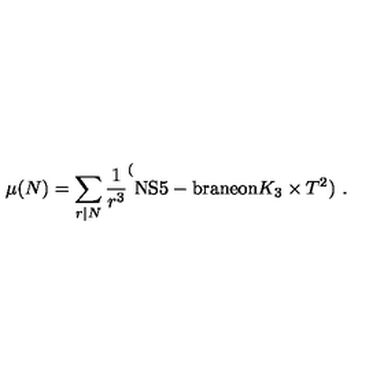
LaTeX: \mu ( N ) = \sum _ { r | N } \frac { 1 } { r ^ { 3 } } \sp ( \mathrm { N S 5 - b r a n e o n } K _ { 3 } \times T ^ { 2 } ) \ .